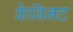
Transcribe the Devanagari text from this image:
केबिनट